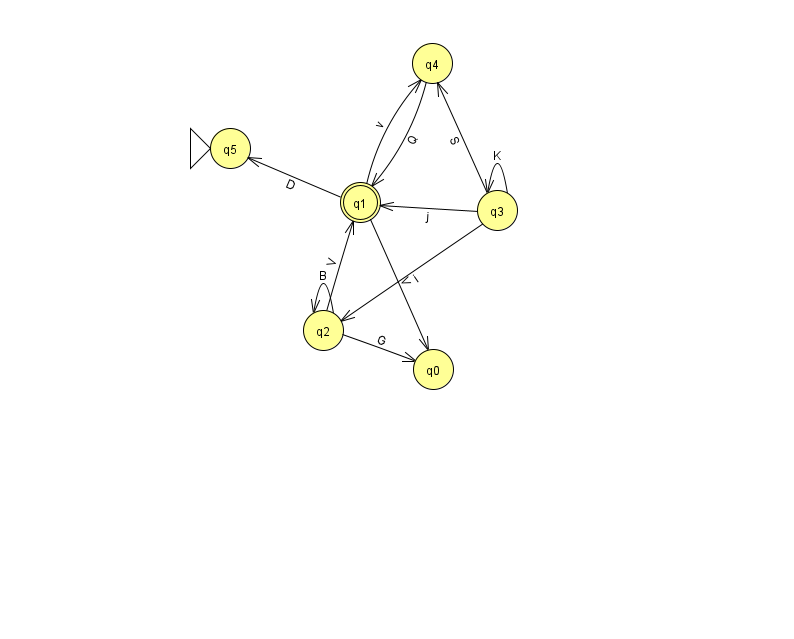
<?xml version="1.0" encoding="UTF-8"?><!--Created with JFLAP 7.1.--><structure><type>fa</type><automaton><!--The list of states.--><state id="0" name="q0"><x>433.0</x><y>356.0</y></state><state id="1" name="q1"><x>360.0</x><y>189.0</y><final/></state><state id="2" name="q2"><x>323.0</x><y>317.0</y></state><state id="3" name="q3"><x>497.0</x><y>197.0</y></state><state id="4" name="q4"><x>432.0</x><y>50.0</y></state><state id="5" name="q5"><x>230.0</x><y>135.0</y><initial/></state><!--The list of transitions.--><transition><from>1</from><to>4</to><read>v</read></transition><transition><from>2</from><to>2</to><read>B</read></transition><transition><from>3</from><to>1</to><read>j</read></transition><transition><from>1</from><to>0</to><read>V</read></transition><transition><from>4</from><to>1</to><read>Q</read></transition><transition><from>2</from><to>0</to><read>G</read></transition><transition><from>3</from><to>2</to><read>i</read></transition><transition><from>1</from><to>5</to><read>D</read></transition><transition><from>2</from><to>1</to><read>V</read></transition><transition><from>3</from><to>3</to><read>K</read></transition><transition><from>3</from><to>4</to><read>S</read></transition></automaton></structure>